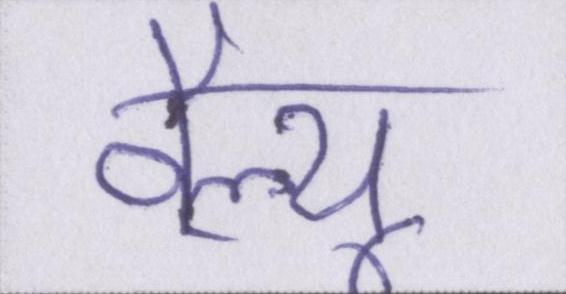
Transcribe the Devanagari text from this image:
वैल्यू